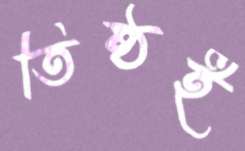
তিষ্ঠই